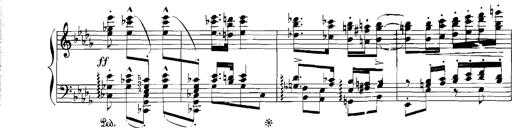
Title: Rhapsodies hongroises
Composer: Franz Liszt